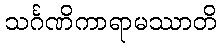
သင်္ဂဏိကာရာမဿာတိ